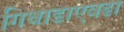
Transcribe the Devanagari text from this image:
गिधाडाएवढा